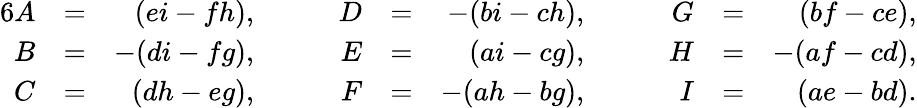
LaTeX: {\begin{array}{rlrlrlrlrlr}{{6}A}&{=}&{(ei-fh),}&{\quad}&{D}&{=}&{-(bi-ch),}&{\quad}&{G}&{=}&{(bf-ce),}\\ {B}&{=}&{-(di-fg),}&{\quad}&{E}&{=}&{(ai-cg),}&{\quad}&{H}&{=}&{-(af-cd),}\\ {C}&{=}&{(dh-eg),}&{\quad}&{F}&{=}&{-(ah-bg),}&{\quad}&{I}&{=}&{(ae-bd).}\end{array}}